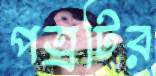
পত্রটির